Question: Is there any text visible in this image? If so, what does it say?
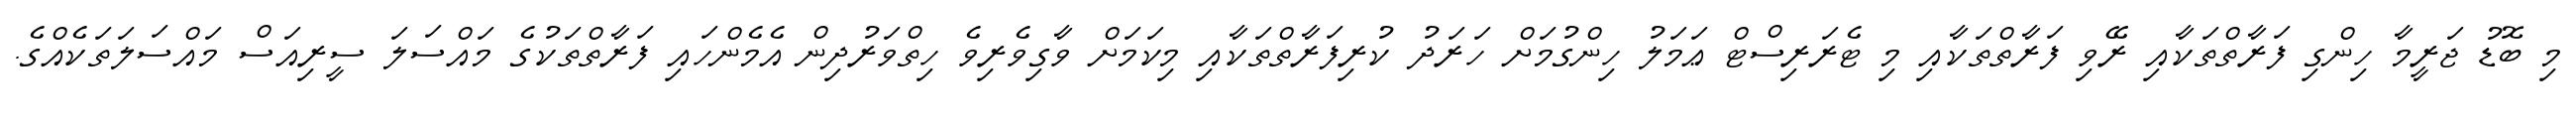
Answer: މި ބޮޑު ޖަރީމާ ހިންގި ފަރާތްތަކާއި ރޭވި ފަރާތްތަކާއި މި ޓެރަރިސްޓް ޢަމަލު ހިންގުމަށް ހަރަދު ކުރިފަރާތްތަކާއި މިކަމަށް ވާގިވެރިވެ ހިތްވަރުދިން އެމެންހައި ފަރާތްތަކުގެ މައްސަލަ ސީރިއަސް މައްސަލަތަކެއްގެ.